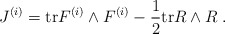
\begin{align*}J^{(i)} = {\rm tr}F^{(i)}\wedge F^{(i)} - \frac{1}{2}{\rm tr}R\wedge R \; .\end{align*}